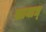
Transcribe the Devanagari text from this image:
सानाध्